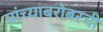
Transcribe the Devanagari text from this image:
यांच्याबरोबरची